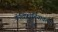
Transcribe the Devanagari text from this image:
कॅलिफोर्नियातल्या